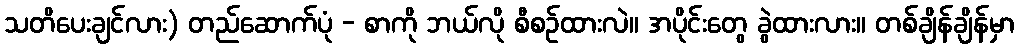
သတိပေးချင်လား) တည်ဆောက်ပုံ - စာကို ဘယ်လို စီစဉ်ထားလဲ။ အပိုင်းတွေ ခွဲထားလား။ တစ်ချိန်ချိန်မှာ